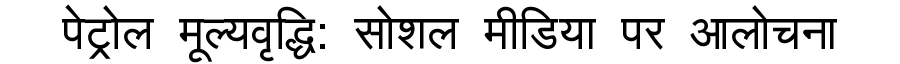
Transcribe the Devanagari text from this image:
पेट्रोल मूल्यवृद्धि: सोशल मीडिया पर आलोचना